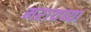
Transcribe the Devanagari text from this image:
मरायच्या